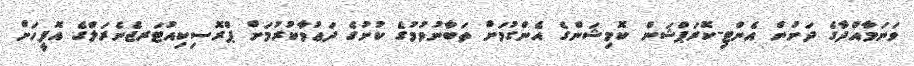
ވަނަމާއްދާގެ ދަށުން އެންޓި-ކޮރަޕްޝަން ކޮމިޝަންގެ އެންގުމަށް ތަބާނުވުމުގެ ކުށުގެ ދަޢުވާކުރުމަށް ޕްރޮސިކިއުޓަރޖެނެރަލްގެ އޮފީހަށް